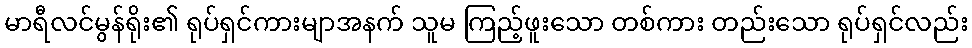
မာရီလင်မွန်ရိုး၏ ရုပ်ရှင်ကားမျာအနက် သူမ ကြည့်ဖူးသော တစ်ကား တည်းသော ရုပ်ရှင်လည်း